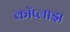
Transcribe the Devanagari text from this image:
कॉप्लाझ